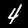
Digit: 4